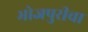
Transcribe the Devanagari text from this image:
भोजपुरीचा